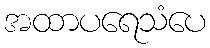
အထာပရေသံပေ